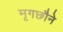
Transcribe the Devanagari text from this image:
मृगछौने